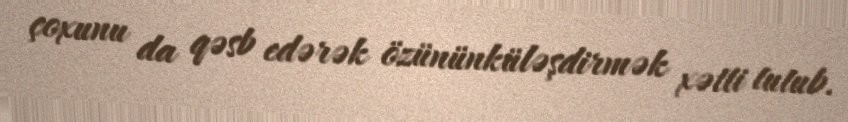
çoxunu da qəsb edərək özününküləşdirmək xətti tutub.